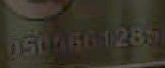
0504661285